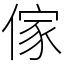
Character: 傢